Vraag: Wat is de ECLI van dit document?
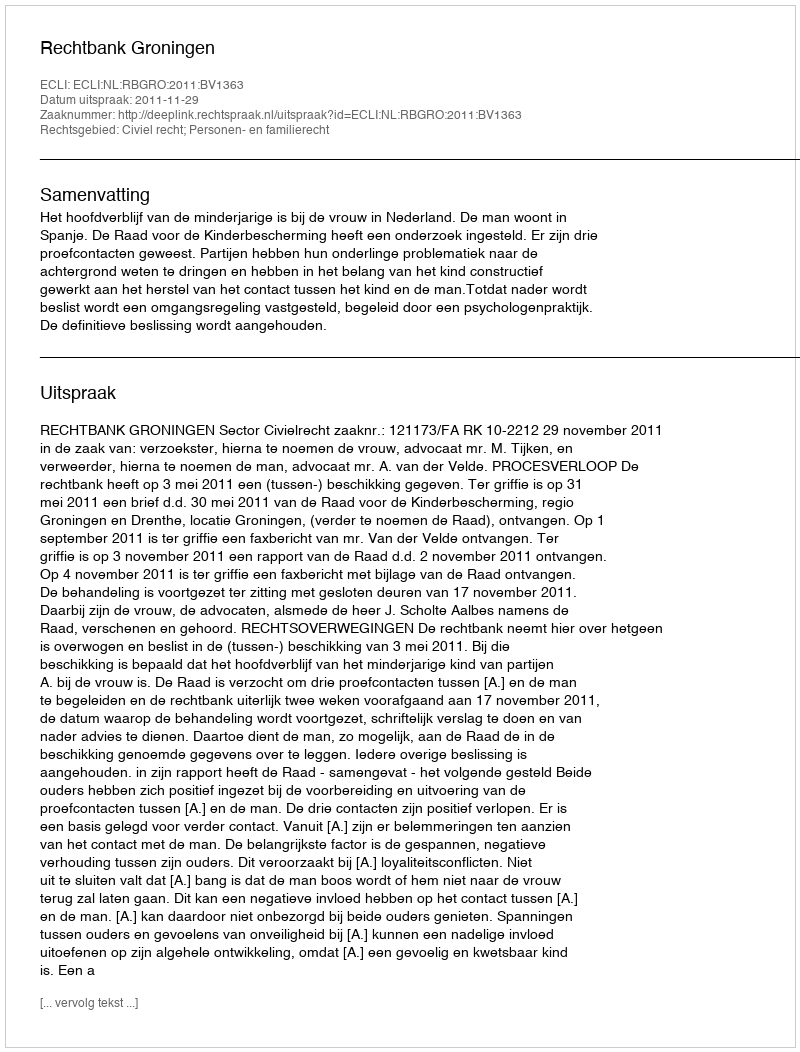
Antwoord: ECLI:NL:RBGRO:2011:BV1363